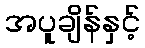
အပူချိန်နှင့်